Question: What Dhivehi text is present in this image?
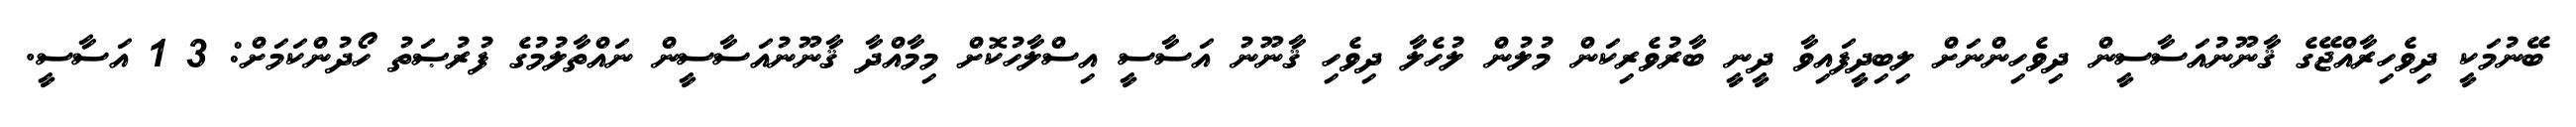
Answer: ބޭނުމަކީ ދިވެހިރާއްޖޭގެ ޤާނޫނުއަސާސީން ދިވެހިންނަށް ލިބިދީފައިވާ ދީނީ ބާރުވެރިކަން މުލުން ލުހެލާ ދިވެހި ޤާނޫނު އަސާސީ އިސްލާހުކޮށް މިމާއްދާ ޤާނޫނުއަސާސީން ނައްތާލުމުގެ ފުރުޞަތު ހޯދުންކަމަށް: 3 1 އަސާސީ.